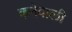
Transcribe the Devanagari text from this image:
कनेवाली